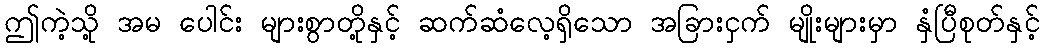
ဤကဲ့သို့ အမ ပေါင်း များစွာတို့နှင့် ဆက်ဆံလေ့ရှိသော အခြားငှက် မျိုးများမှာ နှံပြီစုတ်နှင့်